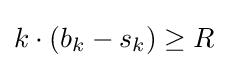
k\cdot (b_{k}-s_{k})\geq R